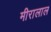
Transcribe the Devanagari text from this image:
मीरालाल